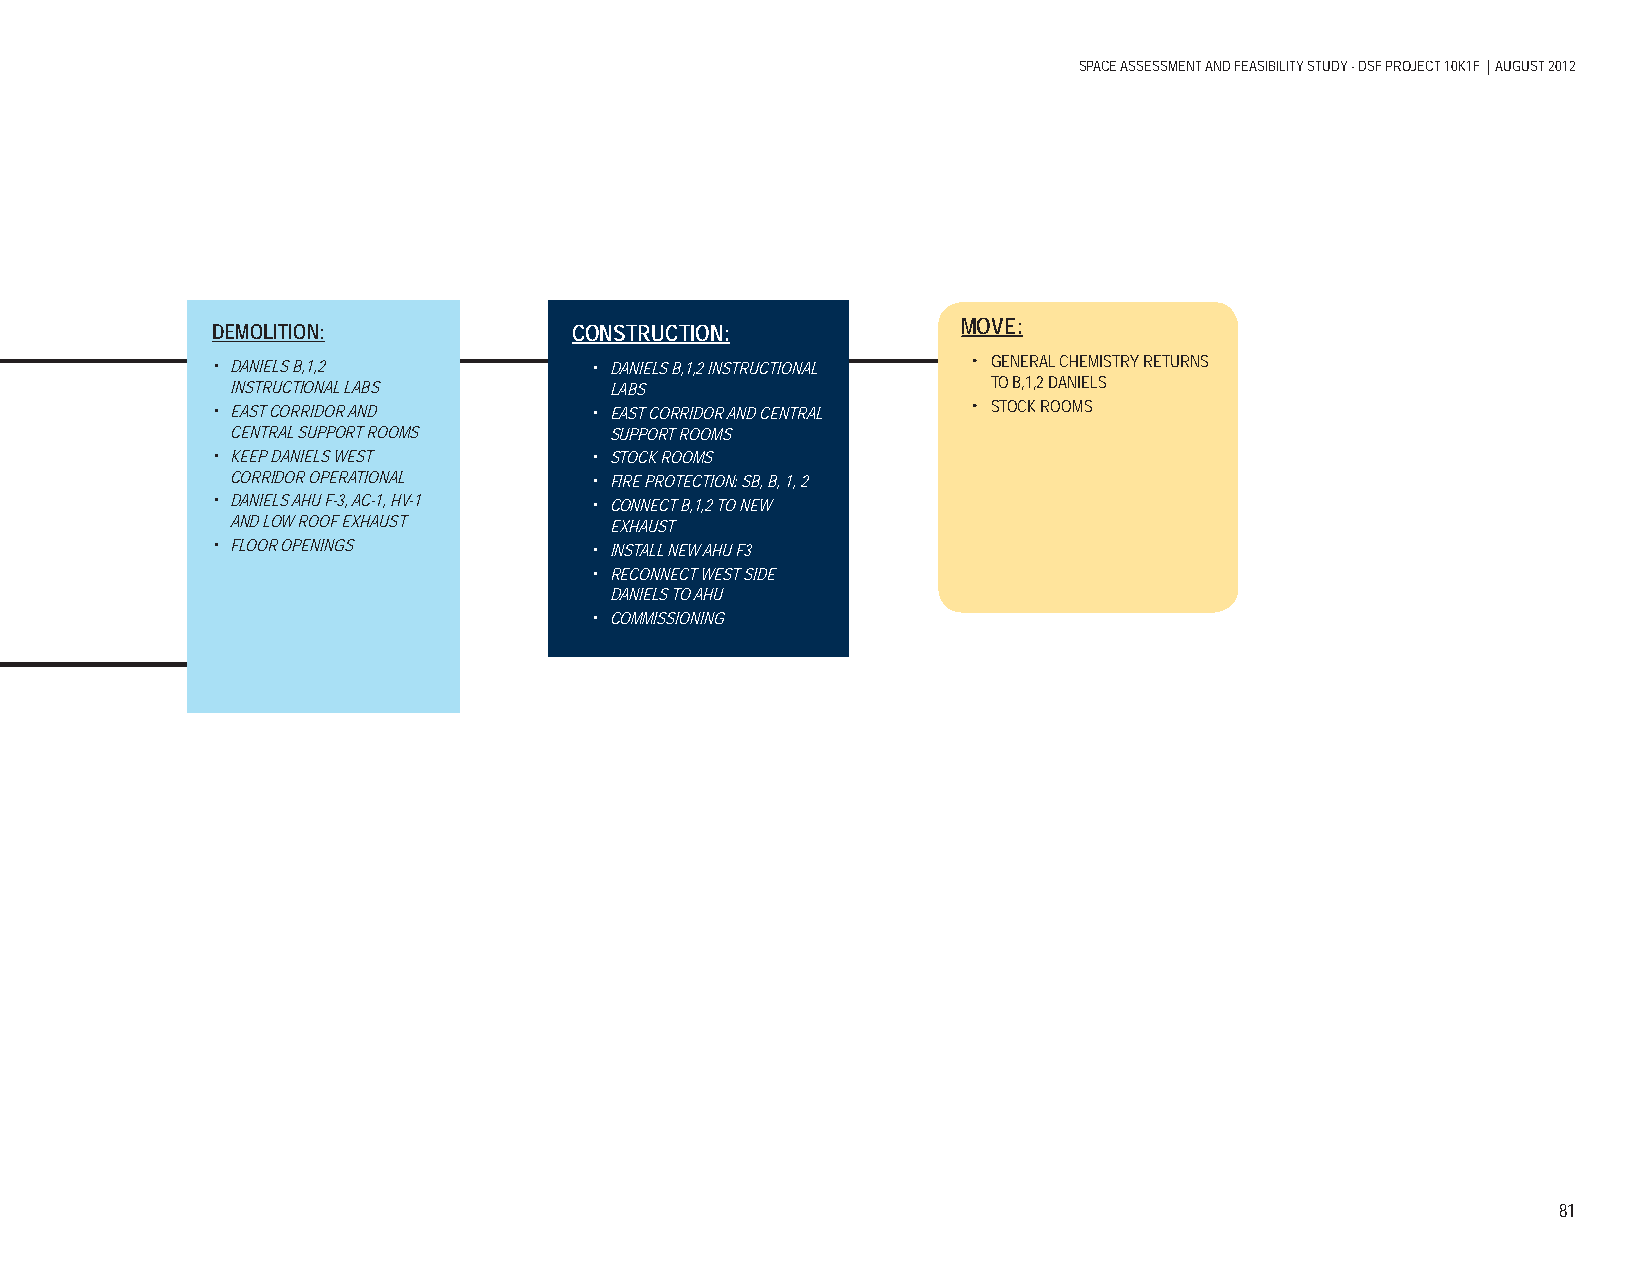
SPACE ASSESSMENT AND FEASIBILITY STUDY - DSF PROJECT 10K1F | AUGUST 2012
 MOVE:
 DEMOLITION:             CONSTRUCTION:
 • DANIELS B,1,2          • DANIELS B,1,2 INSTRUCTIONAL • GENERAL CHEMISTRY RETURNS
 INSTRUCTIONAL LABS       LABS                      TO B,1,2 DANIELS
 • EAST CORRIDOR AND      • EAST CORRIDOR AND CENTRAL • STOCK ROOMS
 CENTRAL SUPPORT ROOMS    SUPPORT ROOMS
 • KEEP DANIELS WEST      • STOCK ROOMS
 CORRIDOR OPERATIONAL    • FIRE PROTECTION: SB, B, 1, 2
 • DANIELS AHU F-3, AC-1, HV-1 • CONNECT B,1,2 TO NEW
 AND LOW ROOF EXHAUST     EXHAUST
 • FLOOR OPENINGS         • INSTALL NEW AHU F3
 • RECONNECT WEST SIDE
 DANIELS TO AHU
 • COMMISSIONING
 81